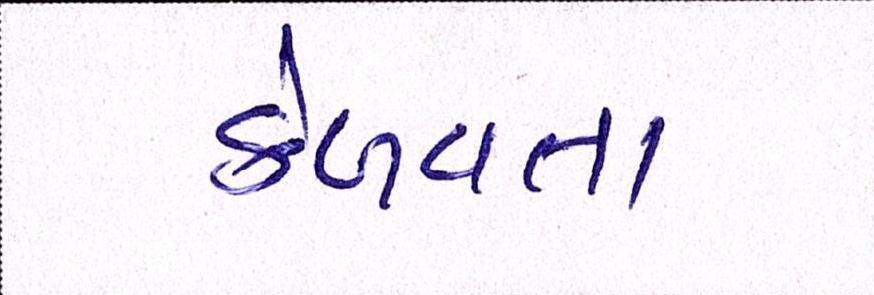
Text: કેળવતા